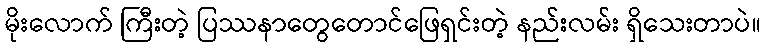
မိုးလောက် ကြီးတဲ့ ပြဿနာတွေတောင်ဖြေရှင်းတဲ့ နည်းလမ်း ရှိသေးတာပဲ။